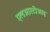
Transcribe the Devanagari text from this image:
एलआरटीआइ